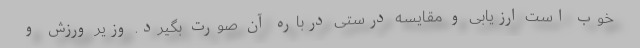
خوب است ارزیابی و مقایسه درستی درباره آن صورت بگیرد. وزیر ورزش و